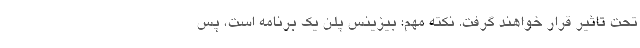
تحت تاثیر قرار خواهند گرفت. نکته مهم: بیزینس پلن یک برنامه است، پس